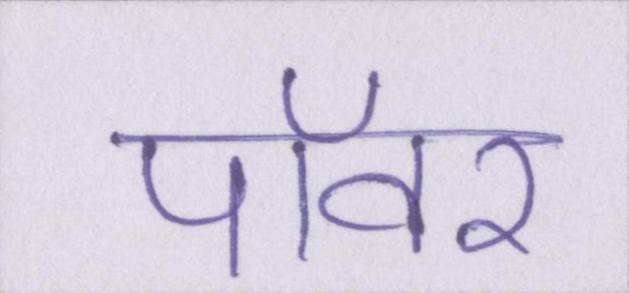
पॉवर